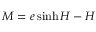
M = e \sinh H - H